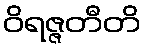
ဝိရဇ္ဇတီတိ